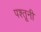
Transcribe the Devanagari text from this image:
पश्तूनी